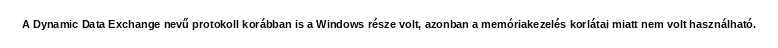
A Dynamic Data Exchange nevű protokoll korábban is a Windows része volt, azonban a memóriakezelés korlátai miatt nem volt használható.